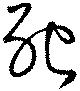
死